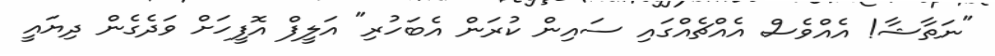
"ނަތާޝާ! އެއްވެސް އެއްޗެއްގައި ސައިން ކުރަން އެބަހުރި" އަލީފް އޮފީހަށް ވަދެގެން ދިޔައީ